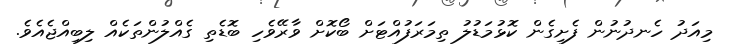
މިއަދު ހެނދުނުން ފެށިގެން ކޮޅުމަޑުލު ތިމަރަފުއްޓަށް ބޯކޮށް ވާރޭވެހި ބޮޑެތި ގެއްލުންތަކެއް ލިބިއްޖެއެވެ.